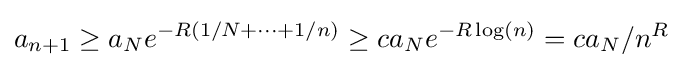
a_{n+1}\geq a_{N}e^{-R(1/N+\dots +1/n)}\geq ca_{N}e^{-R\log(n)}=ca_{N}/n^{R}